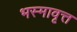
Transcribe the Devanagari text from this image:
भस्मावृत्त